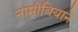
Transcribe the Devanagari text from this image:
नामीबियाने